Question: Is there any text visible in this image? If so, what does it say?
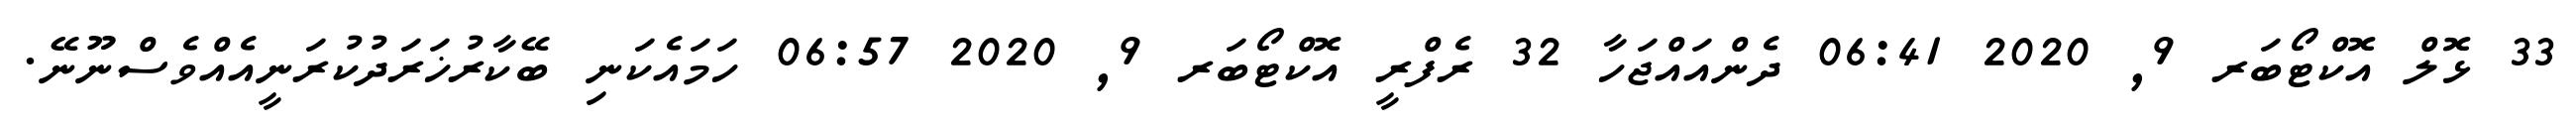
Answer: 33 ޅޮލް އޮކްޓޯބަރ 9, 2020 06:41 ދެންއައްޖަހާ 32 ރެފްރީ އޮކްޓޯބަރ 9, 2020 06:57 ހަމައެކަނި ބޭކާރުޚަރަދުކުރަނީއެއްވެސްނޫނޭ.